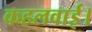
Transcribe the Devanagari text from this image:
कहलवाई।